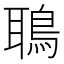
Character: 鵈